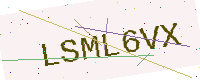
Text: LSML6VX